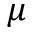
\mu